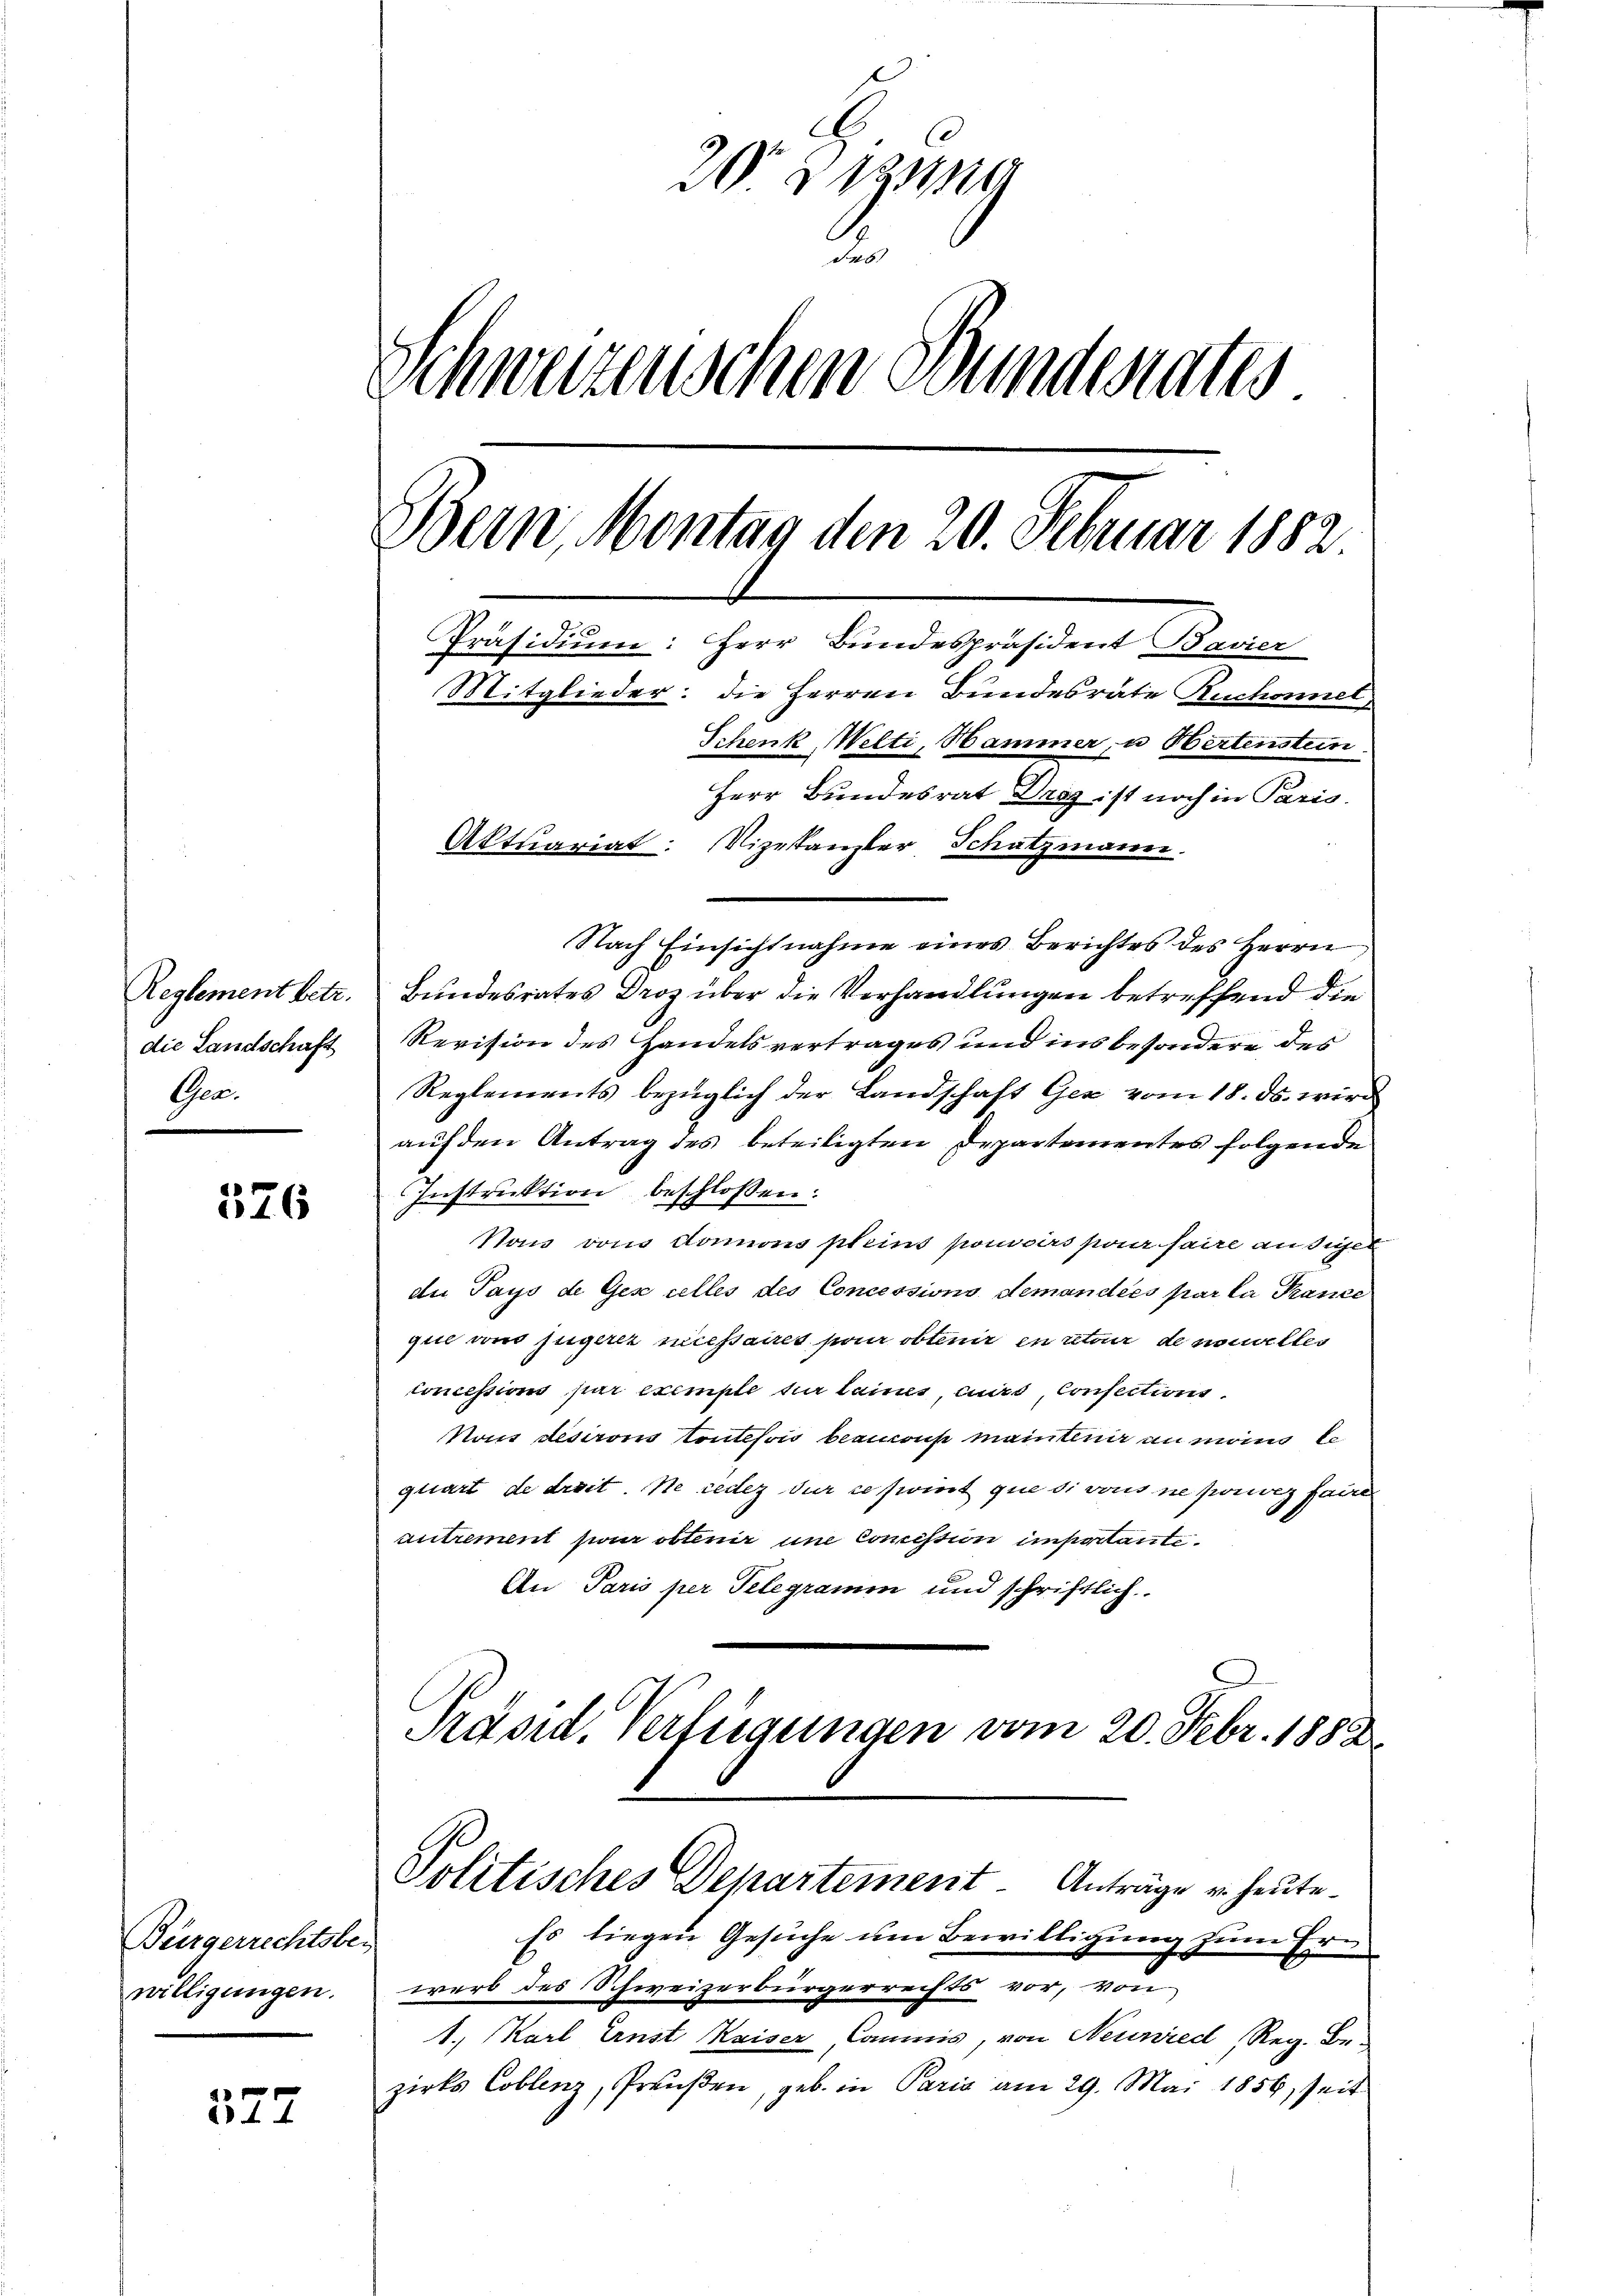
Reglement betr.
die Landschaft
Gee.

576

Bürgerrechtsber
willigungen.

327

2
Schweizenschen Bunderates
Odern Montag den 20. Februar 1882
Präsidium: Herr Bundespräsident Bavier
Mitglieder: die Herren Bundesräte Ruchonnet
Schenk Melti, Hammer, u Hertenstein
Herr Bundesrat Draz ist noch in Paris.
Aktuariat: Vizekanzler Schatzmann.

Nach Einsichtnahme eines Berichtes des Herrn
Bundesrates Droz über die Verhandlungen betreffend die
Revision des Handelsvertrages und ins besondere des
Reglements bezüglich der Landschaft Gez vom 18. ds. wird
auf den Antrag des beteiligten Departementes folgende
Instruktion beschlossen:
Nois von donnons pleins pouvoirs pour faire ansiger
du Pays de Ges celles des Concessions demandées par la Prance
que und jugerer necessairet pour obtenir en atoir de nouvelles
concessions par exemple für Lains, cuis, Consections¬
Nous desirons Contefois beauons mainklin an man ke
quart de droit. Ne redez dur ce fwirst que si vons ne porez faire
antrement par obtenir une Commission imposante¬
An Paris per Telegramm und schriftlich
Präsid. Verfügungen vom 20. Febr. 1882

Politisches Departement. Anträge u. heute.

Es liegen Gesuche um Bewilligung zum Ern
werd des Schweizerbürgerrechts vor, von
1. Karl Ernst Kaiser, Commis, von Neunied, Reg. Be-
zirks Coblenz, Preußen, geb. in Paria am 29. Mai 1856 seit